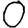
Digit: 0